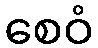
စေဝံ